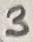
Text: 3